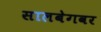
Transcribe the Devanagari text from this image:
सालबेगवर